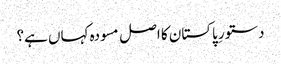
دستورِ پاکستان کا اصل مسودہ کہاں ہے؟